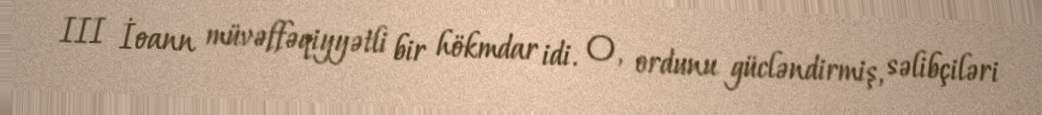
III İoann müvəffəqiyyətli bir hökmdar idi. O, ordunu gücləndirmiş, səlibçiləri